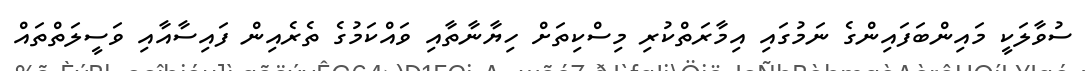
ސުވާލަކީ މައިންބަފައިންގެ ނަމުގައި އިމާރަތްކުރި މިސްކިތަށް ހިޔާނާތާއި ވައްކަމުގެ ތެރެއިން ފައިސާއާއި ވަސީލަތްތައް